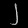
Digit: ၂